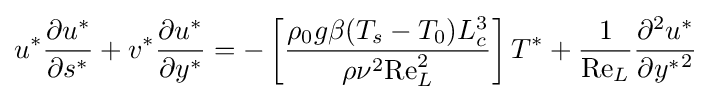
u^{*}{\frac {\partial u^{*}}{\partial s^{*}}}+v^{*}{\frac {\partial u^{*}}{\partial y^{*}}}=-\left[{\frac {\rho _{0}g\beta (T_{s}-T_{0})L_{c}^{3}}{\rho \nu ^{2}\mathrm {Re} _{L}^{2}}}\right]T^{*}+{\frac {1}{\mathrm {Re} _{L}}}{\frac {\partial ^{2}u^{*}}{\partial {y^{*}}^{2}}}